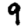
Digit: 9